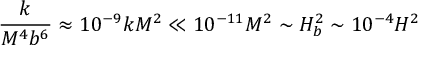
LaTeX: \frac { k } { M ^ { 4 } b ^ { 6 } } \approx 1 0 ^ { - 9 } k M ^ { 2 } \ll 1 0 ^ { - 1 1 } M ^ { 2 } \sim H _ { b } ^ { 2 } \sim 1 0 ^ { - 4 } H ^ { 2 }